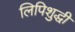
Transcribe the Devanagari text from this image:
लिपिशुद्धी